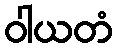
ဝါယတံ